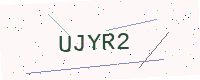
Text: UJYR2